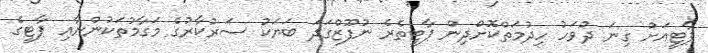
ޕާޓީއަށް ގިނަ ދުވަހު ހިދުމަތްކޮށްދިން ޕާޓީތެރެ ނުފޫޒްގަދަ ބަޔަކު ސަރުކާރުގެ މަގާމުތަކުންނާއި ޕާޓީގެ